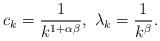
LaTeX: \begin{align*} c_k=\frac{1}{k^{1+\alpha\beta}},\ \lambda_k=\frac{1}{k^\beta}.\end{align*}